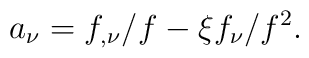
a_{\nu }=f_{,\nu }/f-\xi f_{\nu }/f^{2}.